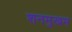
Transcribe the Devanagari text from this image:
शनमुखम